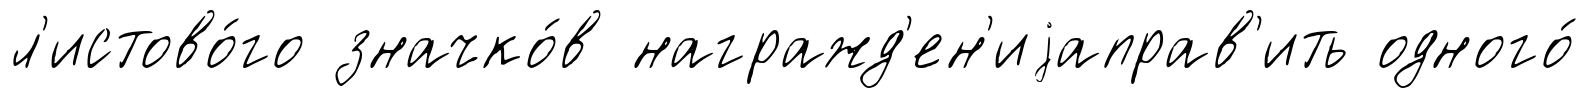
л'истово́го значко́в награжд'ен'иjаправ'ить одного́